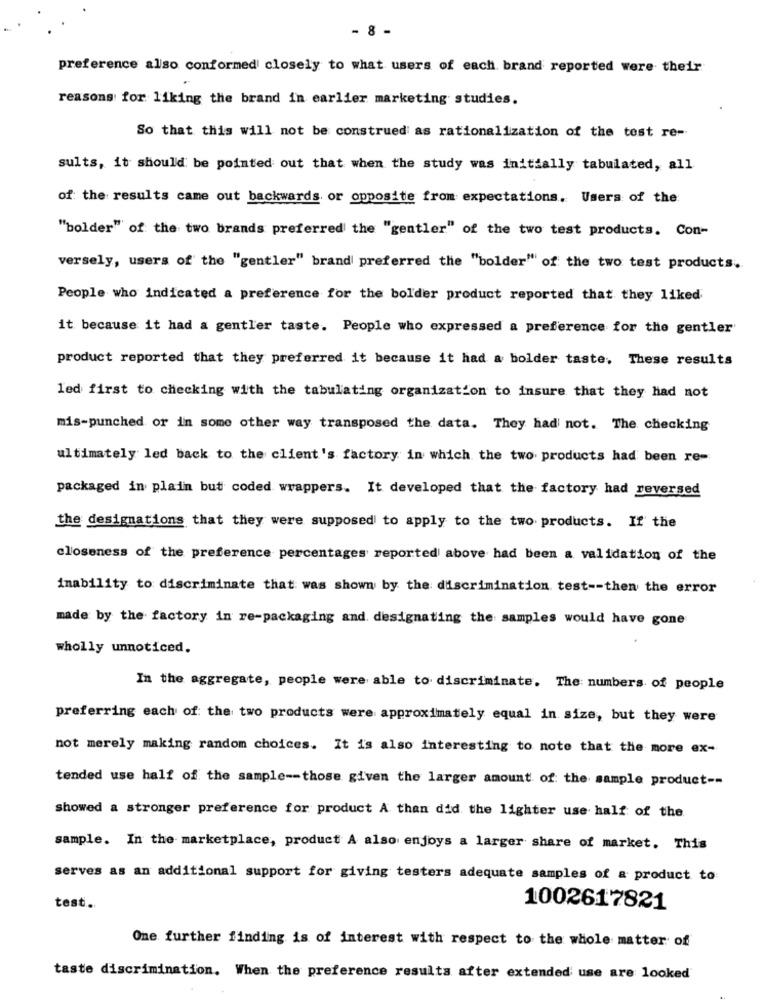
- 8 -
preference also conformed closely to what users of each brand reported were their
reasons for liking the brand in earlier marketing studies.
So that this will not be construed as rationalization of the test re --
sults, it should be pointed out that when the study was initially tabulated, all
of the results came out backwards or opposite from expectations. Users of the
"bolder" of the two brands preferred the "gentler" of the two test products. Con-
versely, users of the "gentler" brand preferred the "bolder" of the two test products.
People who indicated a preference for the bolder product reported that they liked
it because it had a gentler taste. People who expressed a preference for the gentler'
product reported that they preferred it because it had a bolder taste. These results
led first to checking with the tabulating organization to insure that they had not
mis-punched or in some other way transposed the data. They had not. The checking
ultimately led back to the client's factory in which the two products had been re-
packaged in plain but coded wrappers. It developed that the factory had reversed
the designations that they were supposed to apply to the two products. If the
closeness of the preference percentages reported above had been a validation of the
inability to discriminate that was shown by the discrimination test -- then the error
made by the factory in re-packaging and designating the samples would have gone
wholly unnoticed.
In the aggregate, people were able to discriminate. The numbers of people
preferring each of: the two products were approximately equal in size, but they were
not merely making random choices. It is also interesting to note that the more ex-
tended use half of the sample -- those given the larger amount of the sample product --
showed a stronger preference for product A than did the lighter use half of the
sample. In the marketplace, product A also enjoys a larger share of market. This
serves as an additional support for giving testers adequate samples of a product to
test.
1002617821
One further finding is of interest with respect to the whole matter of
taste discrimination. When the preference results after extended use are looked